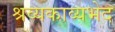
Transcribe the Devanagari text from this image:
श्रव्यकाव्यभेद